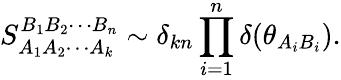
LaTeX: S_{A_{1}A_{2}\cdots A_{k}}^{B_{1}B_{2}\cdots B_{n}}\sim\delta_{kn}\prod_{i=1}^{n}\delta(\theta_{A_{i}B_{i}}).